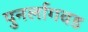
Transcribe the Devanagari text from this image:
पुनर्लागवड